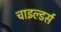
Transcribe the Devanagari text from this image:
चाइल्डर्स